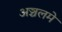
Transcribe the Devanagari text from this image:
अञ्चलमे